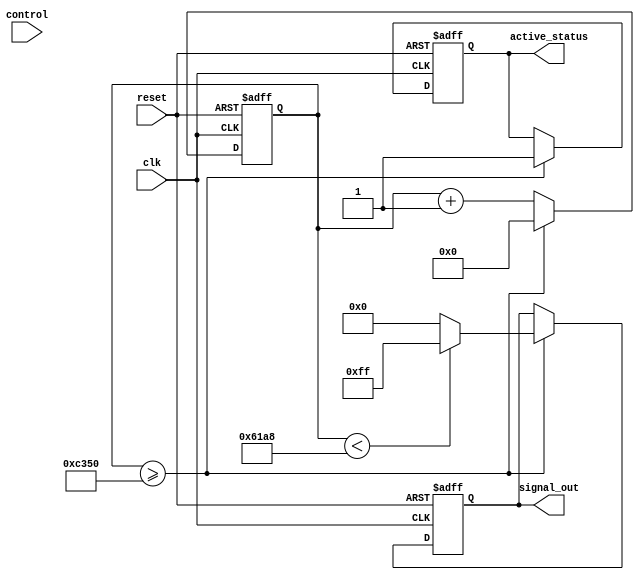
module parameterized_signal_generator #(
    parameter SIGNAL_TYPE     = 2'b00, // Default to square wave (00: square, 01: sine, 10: triangular, 11: sawtooth)
    parameter CLK_FREQ        = 50_000_000, // Clock frequency in Hz
    parameter SIGNAL_FREQ     = 1_000, // Desired signal frequency in Hz
    parameter AMPLITUDE       = 8'hFF, // Amplitude of the signal
    parameter PHASE_SHIFT     = 0 // Phase shift in degrees
)(
    input wire clk,          // Clock signal
    input wire reset,        // Reset signal
    input wire [1:0] control, // Control signals to select waveform type or modify parameters
    output reg [7:0] signal_out, // Output generated signal
    output reg active_status // Status indicator
);

    // Define a counter for frequency division
    reg [31:0] counter;
    reg [31:0] step; // Step for the waveform
    wire [31:0] max_count;
    reg [7:0] phase_offset;

    // Initialize parameters based on the selected frequency
    initial begin
        phase_offset = (PHASE_SHIFT * (SIGNAL_FREQ * CLK_FREQ / 360)) / CLK_FREQ; // Compute the phase offset
        case(SIGNAL_FREQ)
            1: step = (CLK_FREQ / (2 * SIGNAL_FREQ)); // For square wave
            2: step = (CLK_FREQ / (SIGNAL_FREQ)); // For other waveforms
            default: step = (CLK_FREQ / (SIGNAL_FREQ)); // Default step
        endcase
    end

    // Max count for normalized waveform generation
    assign max_count = (CLK_FREQ / SIGNAL_FREQ);

    // Signal generation based on counter
    always @(posedge clk or posedge reset) begin
        if (reset) begin
            counter <= 0;
            signal_out <= 8'd0;
            active_status <= 1'b0; // Reset active status
        end else begin
            counter <= counter + 1;
            if (counter >= max_count) begin
                counter <= 0;
                active_status <= 1'b1; // Signal generator is active
                case (SIGNAL_TYPE)
                    2'b00: // Square wave
                        signal_out <= (counter < (max_count / 2)) ? AMPLITUDE : 8'd0;
                    2'b01: // Sine wave (using a lookup table or approximation, here we just simulate)
                        signal_out <= AMPLITUDE * (0.5 + 0.5 * $sin(2 * 3.14159 * (counter / (max_count - 1.0))));
                    2'b10: // Triangular wave
                        signal_out <= (counter < (max_count / 2)) ? (AMP * (2 * counter) / (max_count / 2)) : (AMP * (2 * max_count - 2 * counter) / (max_count / 2));
                    2'b11: // Sawtooth wave
                        signal_out <= (AMP * counter) / max_count;
                    default: // Default to square wave if invalid type
                        signal_out <= (counter < (max_count / 2)) ? AMPLITUDE : 8'd0;
                endcase
            end
        end
    end

endmodule